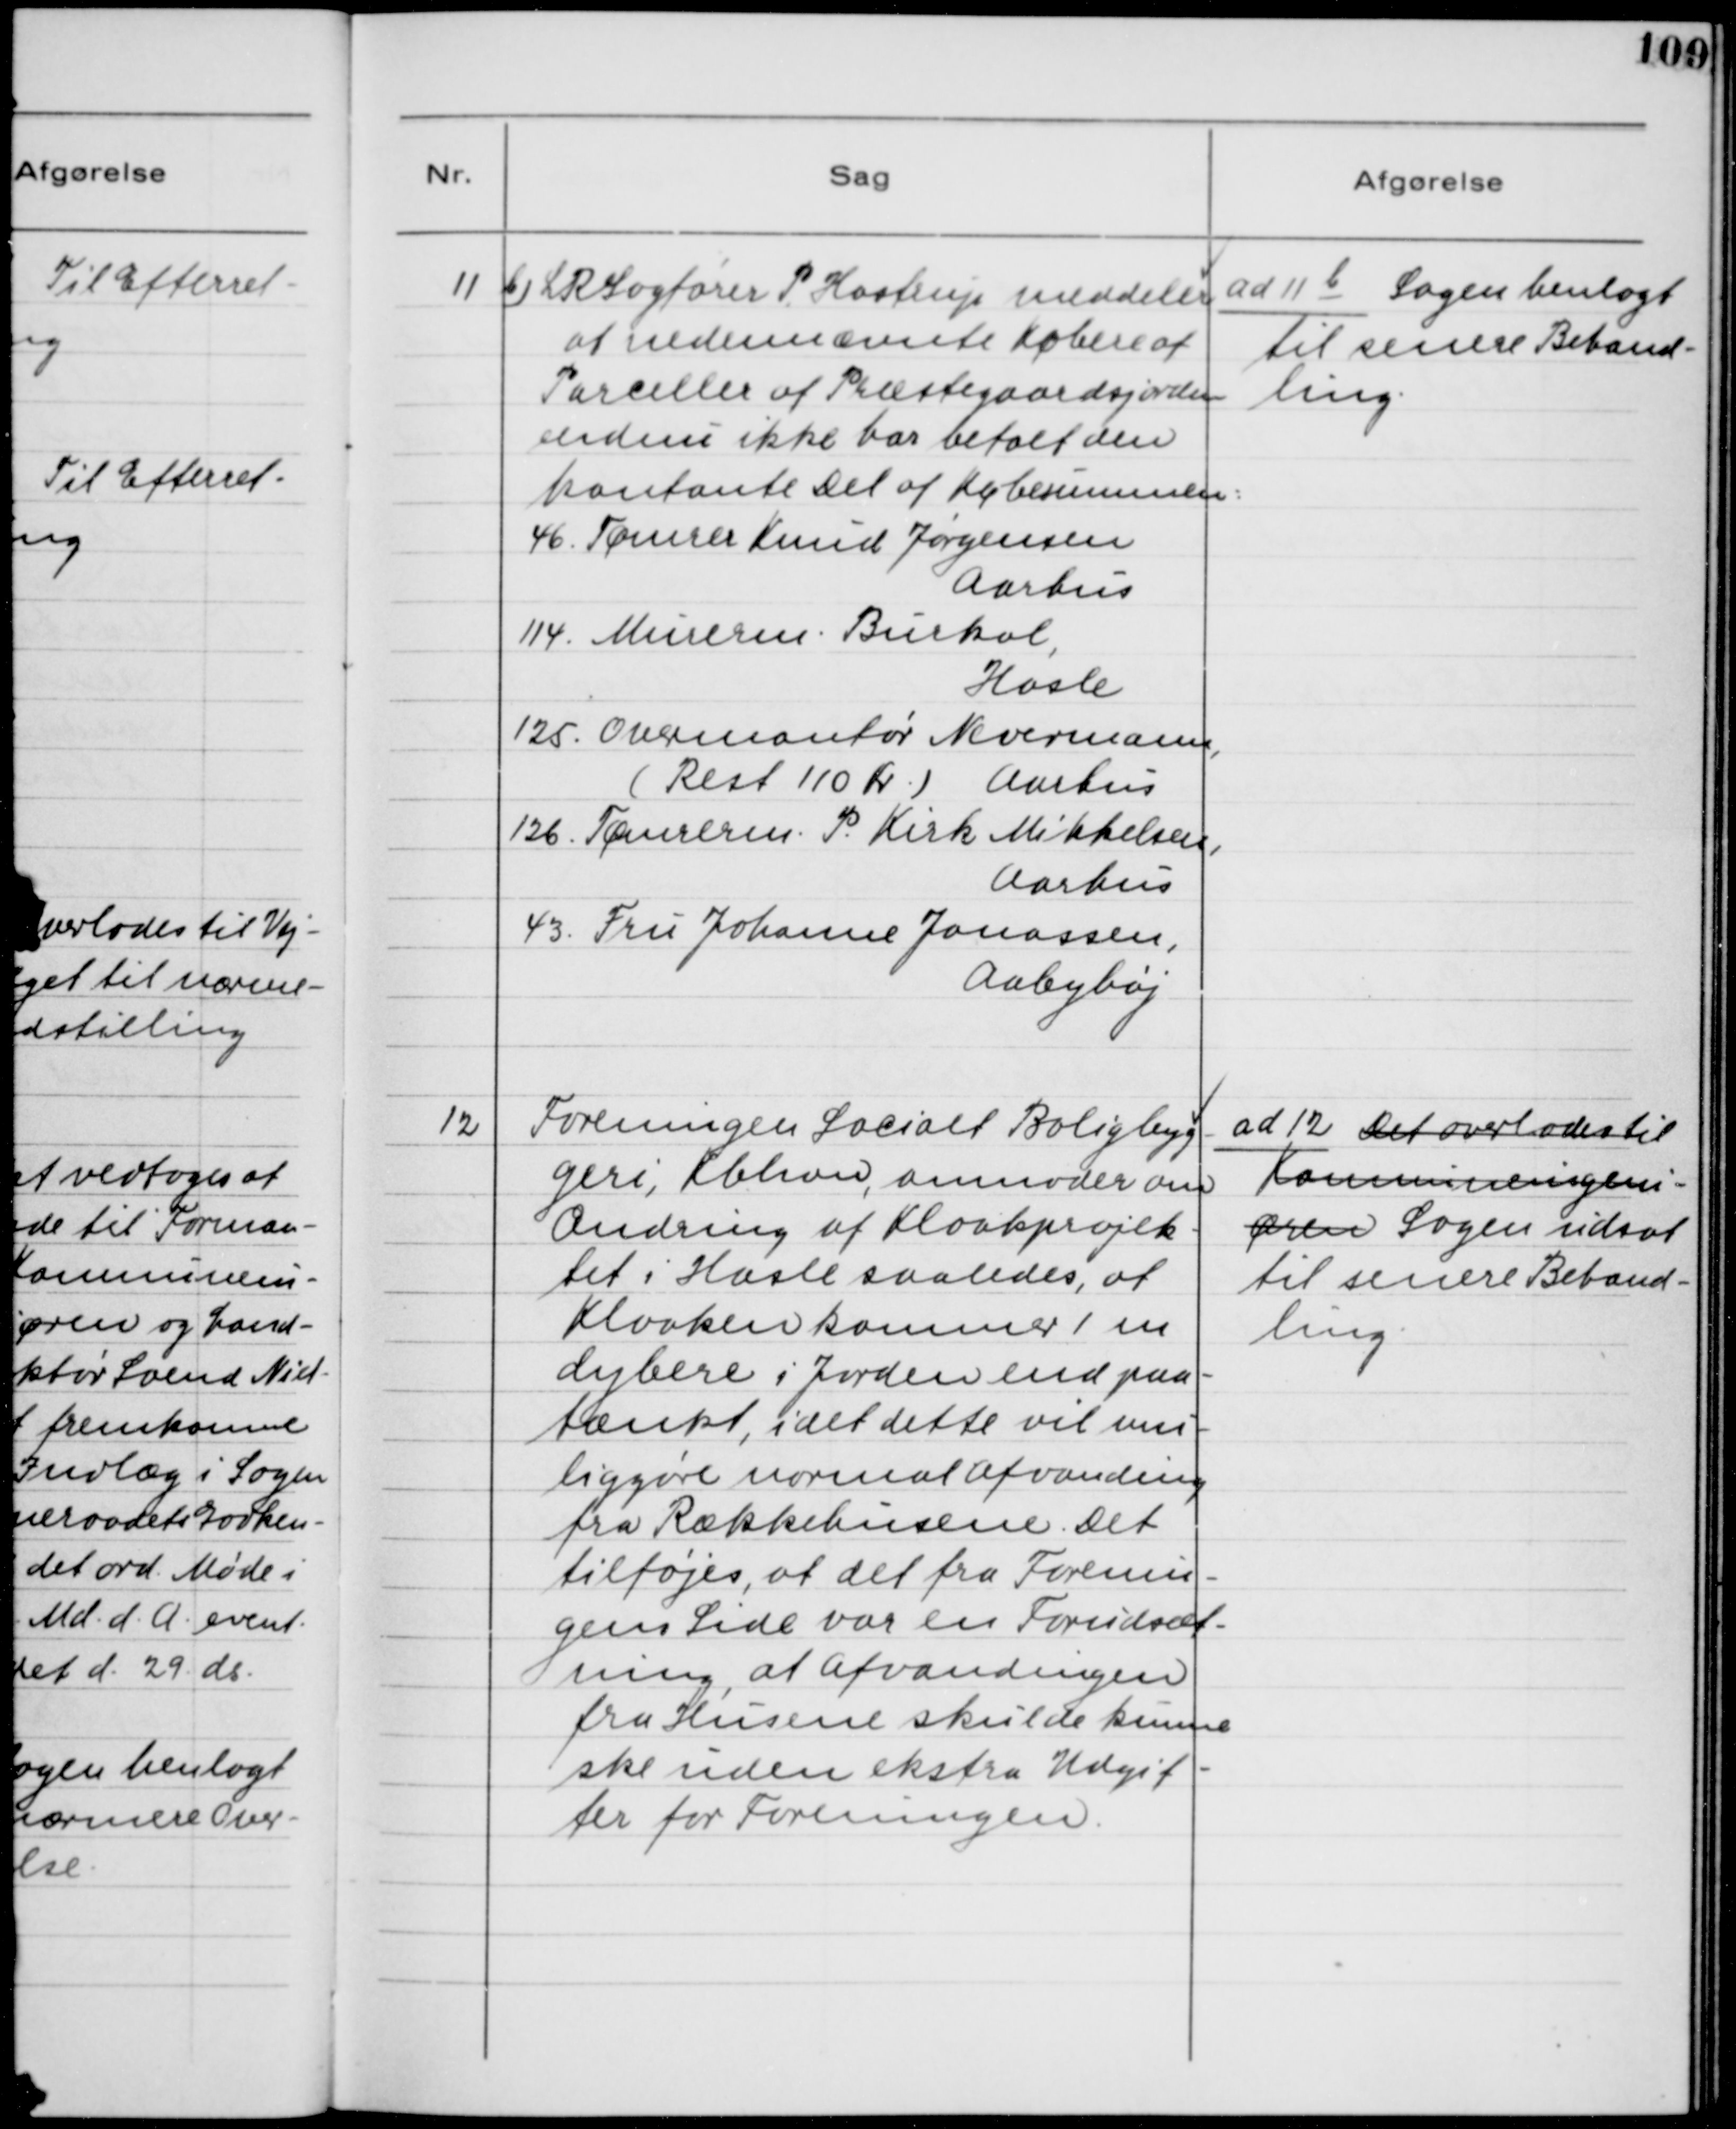
Transskription:
11 b) LRSagfører P. Hastrup meddeler
at nedennævnte Købere af
Parceller af Præstegaardsjorden
endnu ikke har betalt den
kontante Del af Købesummen:
46. Tømrer Knud Jørgensen
Aarhus
114. Murerm. Burkol,
Hasle
125. Overmontør Nevermann,
(Rest 110 Kr.) Aarhus
126. Tømrerm. P. Kirk Mikkelsen,
Aarhus
43. Fru Johanne Jonassen,
Aabyhøj

ad 11 b Sagen henlagt
til senere Behand-
ling.

12 Foreningen Socialt Boligbyg-
geri, Kbhvn, anmoder om
Ændring af Kloakprojekt-
tet i Hasle saaledes, at
Kloaken kommer 1 m
dybere i Jorden end paa-
tænkt, idet dette vil umu-
liggøre normal Afvanding
fra Rækkehusene. Det
tilføjes, at det fra Forenin-
gens Side var en Forudsæt-
ning, at Afvandingen
fra Husene skulde kunne
ske uden ekstra Udgif-
ter for Foreningen.

ad 12. Det overlades til
Kommuneingeni-
øren Sagen udsat
til senere Behand-
ling.